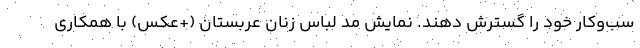
سب‌وکار خود را گسترش دهند. نمایش مد لباس زنان عربستان (+عکس) با همکاری